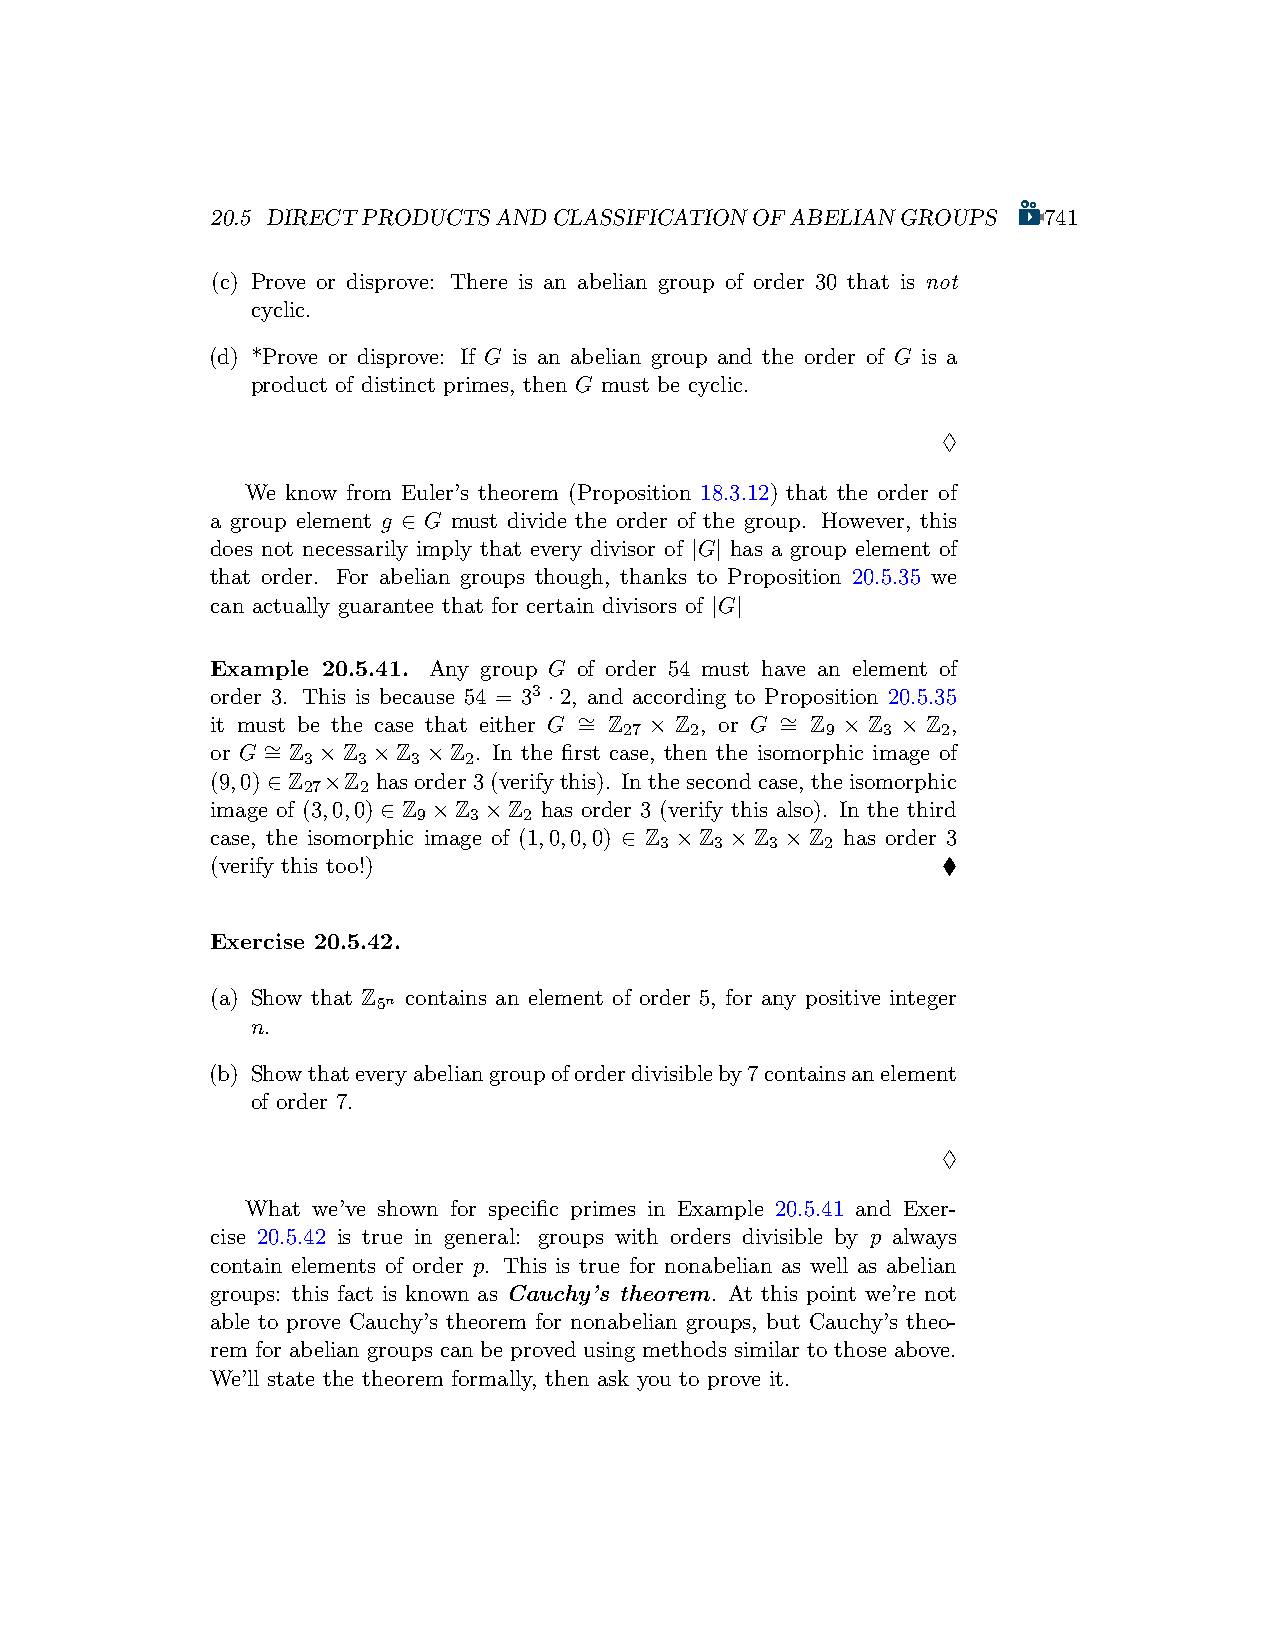
20.5 DIRECTPRODUCTSANDCLASSIFICATIONOFABELIANGROUPS    741
 (c) Prove or disprove: There is an abelian group of order 30 that is not
 cyclic.
 (d) *Prove or disprove: If G is an abelian group and the order of G is a
 product of distinct primes, then G must be cyclic.
 ♢
 We know from Euler’s theorem (Proposition 18.3.12) that the order of
 a group element g ∈ G must divide the order of the group. However, this
 does not necessarily imply that every divisor of |G| has a group element of
 that order. For abelian groups though, thanks to Proposition 20.5.35 we
 can actually guarantee that for certain divisors of |G|
 Example 20.5.41. Any group G of order 54 must have an element of
 order 3. This is because 54 = 33 ·2, and according to Proposition 20.5.35
 it must be the case that either G ∼ = Z × Z , or G ∼ = Z × Z × Z ,
 27   2        9  3   2
 or G ∼ = Z ×Z ×Z ×Z . In the first case, then the isomorphic image of
 3   3  3   2
 (9,0) ∈ Z ×Z hasorder3(verifythis). Inthesecondcase, theisomorphic
 27  2
 image of (3,0,0) ∈ Z ×Z ×Z has order 3 (verify this also). In the third
 9  3   2
 case, the isomorphic image of (1,0,0,0) ∈ Z ×Z ×Z ×Z has order 3
 3  3   3   2
 (verify this too!)                              ♦
 Exercise 20.5.42.
 (a) Show that Z contains an element of order 5, for any positive integer
 5n
 n.
 (b) Showthateveryabeliangroupoforderdivisibleby7containsanelement
 of order 7.
 ♢
 What we’ve shown for specific primes in Example 20.5.41 and Exer-
 cise 20.5.42 is true in general: groups with orders divisible by p always
 contain elements of order p. This is true for nonabelian as well as abelian
 groups: this fact is known as Cauchy’s theorem. At this point we’re not
 able to prove Cauchy’s theorem for nonabelian groups, but Cauchy’s theo-
 rem for abelian groups can be proved using methods similar to those above.
 We’ll state the theorem formally, then ask you to prove it.